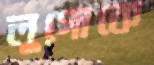
লুগোকে